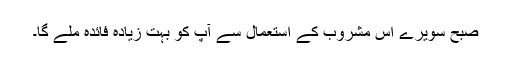
صبح سویرے اس مشروب کے استعمال سے آپ کو بہت زیادہ فائدہ ملے گا۔